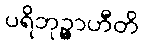
ပရိဘုဉ္ဇာဟီတိ